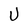
Character: U